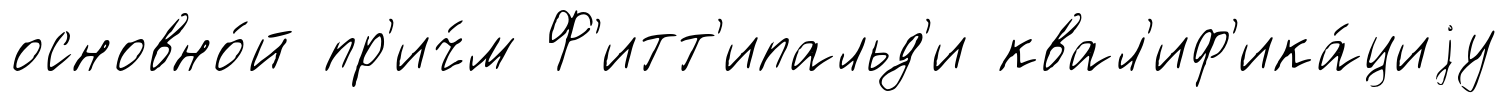
основно́й пр'ич́м Ф'итт'ипальд'и квал'иф'ика́циjу